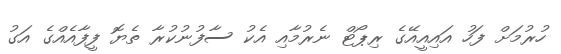
ހުރުމަށް ފަހު އައިއީއޭގެ ރިޕޯޓް ނެރުމާއި އެކު ސާފުނުކުރާ ތެޔޮ ފީފާއެއްގެ އަގު